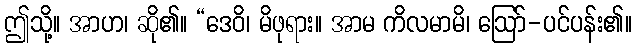
ဤသို့။ အာဟ၊ ဆို၏။ “ဒေဝိ၊ မိဖုရား။ အာမ ကိလမာမိ၊ ဩော်-ပင်ပန်း၏။